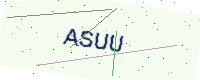
Text: ASUU